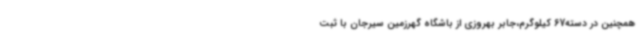
همچنین در دسته67 کیلوگرم،جابر بهروزی از باشگاه گهرزمین سیرجان با ثبت